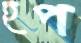
হপ